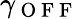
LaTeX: \gamma_{\mathrm{~O~F~F~}}